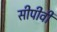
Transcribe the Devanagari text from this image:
सीपीवी